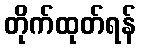
တိုက်ထုတ်ရန်